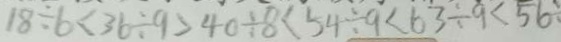
1 8 \div 6 < 3 6 \div 9 > 4 0 \div 8 < 5 4 \div 9 < 6 3 \div 9 < 5 6 \div